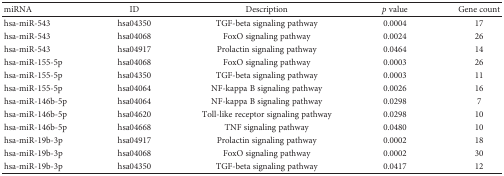
<table><thead><tr><td><b>miRNA</b></td><td><b>ID</b></td><td><b>Description</b></td><td><b><i>p</i> value</b></td><td><b>Gene count</b></td></tr></thead><tbody><tr><td>hsa-miR-543</td><td>hsa04350</td><td>TGF-beta signaling pathway</td><td>0.0004</td><td>17</td></tr><tr><td>hsa-miR-543</td><td>hsa04068</td><td>FoxO signaling pathway</td><td>0.0024</td><td>26</td></tr><tr><td>hsa-miR-543</td><td>hsa04917</td><td>Prolactin signaling pathway</td><td>0.0464</td><td>14</td></tr><tr><td>hsa-miR-155-5p</td><td>hsa04068</td><td>FoxO signaling pathway</td><td>0.0003</td><td>26</td></tr><tr><td>hsa-miR-155-5p</td><td>hsa04350</td><td>TGF-beta signaling pathway</td><td>0.0003</td><td>11</td></tr><tr><td>hsa-miR-155-5p</td><td>hsa04064</td><td>NF-kappa B signaling pathway</td><td>0.0026</td><td>16</td></tr><tr><td>hsa-miR-146b-5p</td><td>hsa04064</td><td>NF-kappa B signaling pathway</td><td>0.0298</td><td>7</td></tr><tr><td>hsa-miR-146b-5p</td><td>hsa04620</td><td>Toll-like receptor signaling pathway</td><td>0.0298</td><td>10</td></tr><tr><td>hsa-miR-146b-5p</td><td>hsa04668</td><td>TNF signaling pathway</td><td>0.0480</td><td>10</td></tr><tr><td>hsa-miR-19b-3p</td><td>hsa04917</td><td>Prolactin signaling pathway</td><td>0.0002</td><td>18</td></tr><tr><td>hsa-miR-19b-3p</td><td>hsa04068</td><td>FoxO signaling pathway</td><td>0.0002</td><td>30</td></tr><tr><td>hsa-miR-19b-3p</td><td>hsa04350</td><td>TGF-beta signaling pathway</td><td>0.0417</td><td>12</td></tr></tbody></table>